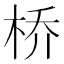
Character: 桥